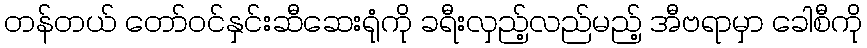
တန်တယ် တော်ဝင်နှင်းဆီဆေးရုံကို ခရီးလှည့်လည်မည့် အီဗရာမှာ ခေါစီကို